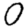
Digit: 0